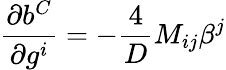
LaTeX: \frac{\partial b^{C}}{\partial g^{i}}=-\frac{4}{D}{M}_{ij}\beta^{j}